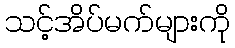
သင့်အိပ်မက်များကို